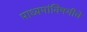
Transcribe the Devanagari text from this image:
माध्यमांविषयीचे